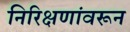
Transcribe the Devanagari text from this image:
निरिक्षणांवरून